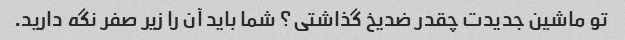
تو ماشین جدیدت چقدر ضدیخ گذاشتی؟ شما باید آن را زیر صفر نگه دارید.